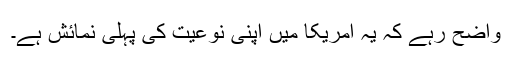
واضح رہے کہ یہ امریکا میں اپنی نوعیت کی پہلی نمائش ہے۔